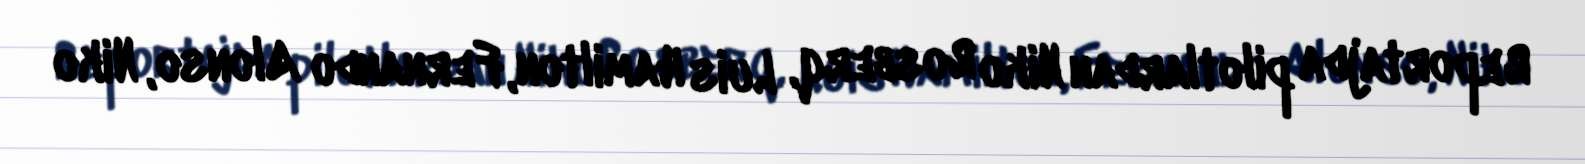
Reportajda pilotlardan Niko Rosberq, Luis Hamilton, Fernando Alonso, Niko